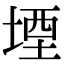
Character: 堙